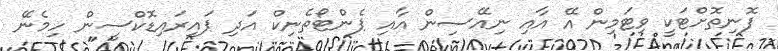
ފޮނިތޮށްޓަކީ ވިޓަމިން އޭ އާއި ނިއޭސިން އާއި ޕެންޓޯތެނިކް އަދި ޕައިރައިޑޮކްސީން ހިމެނޭ